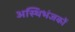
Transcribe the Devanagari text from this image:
अस्थिभंजकों